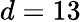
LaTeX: d=13